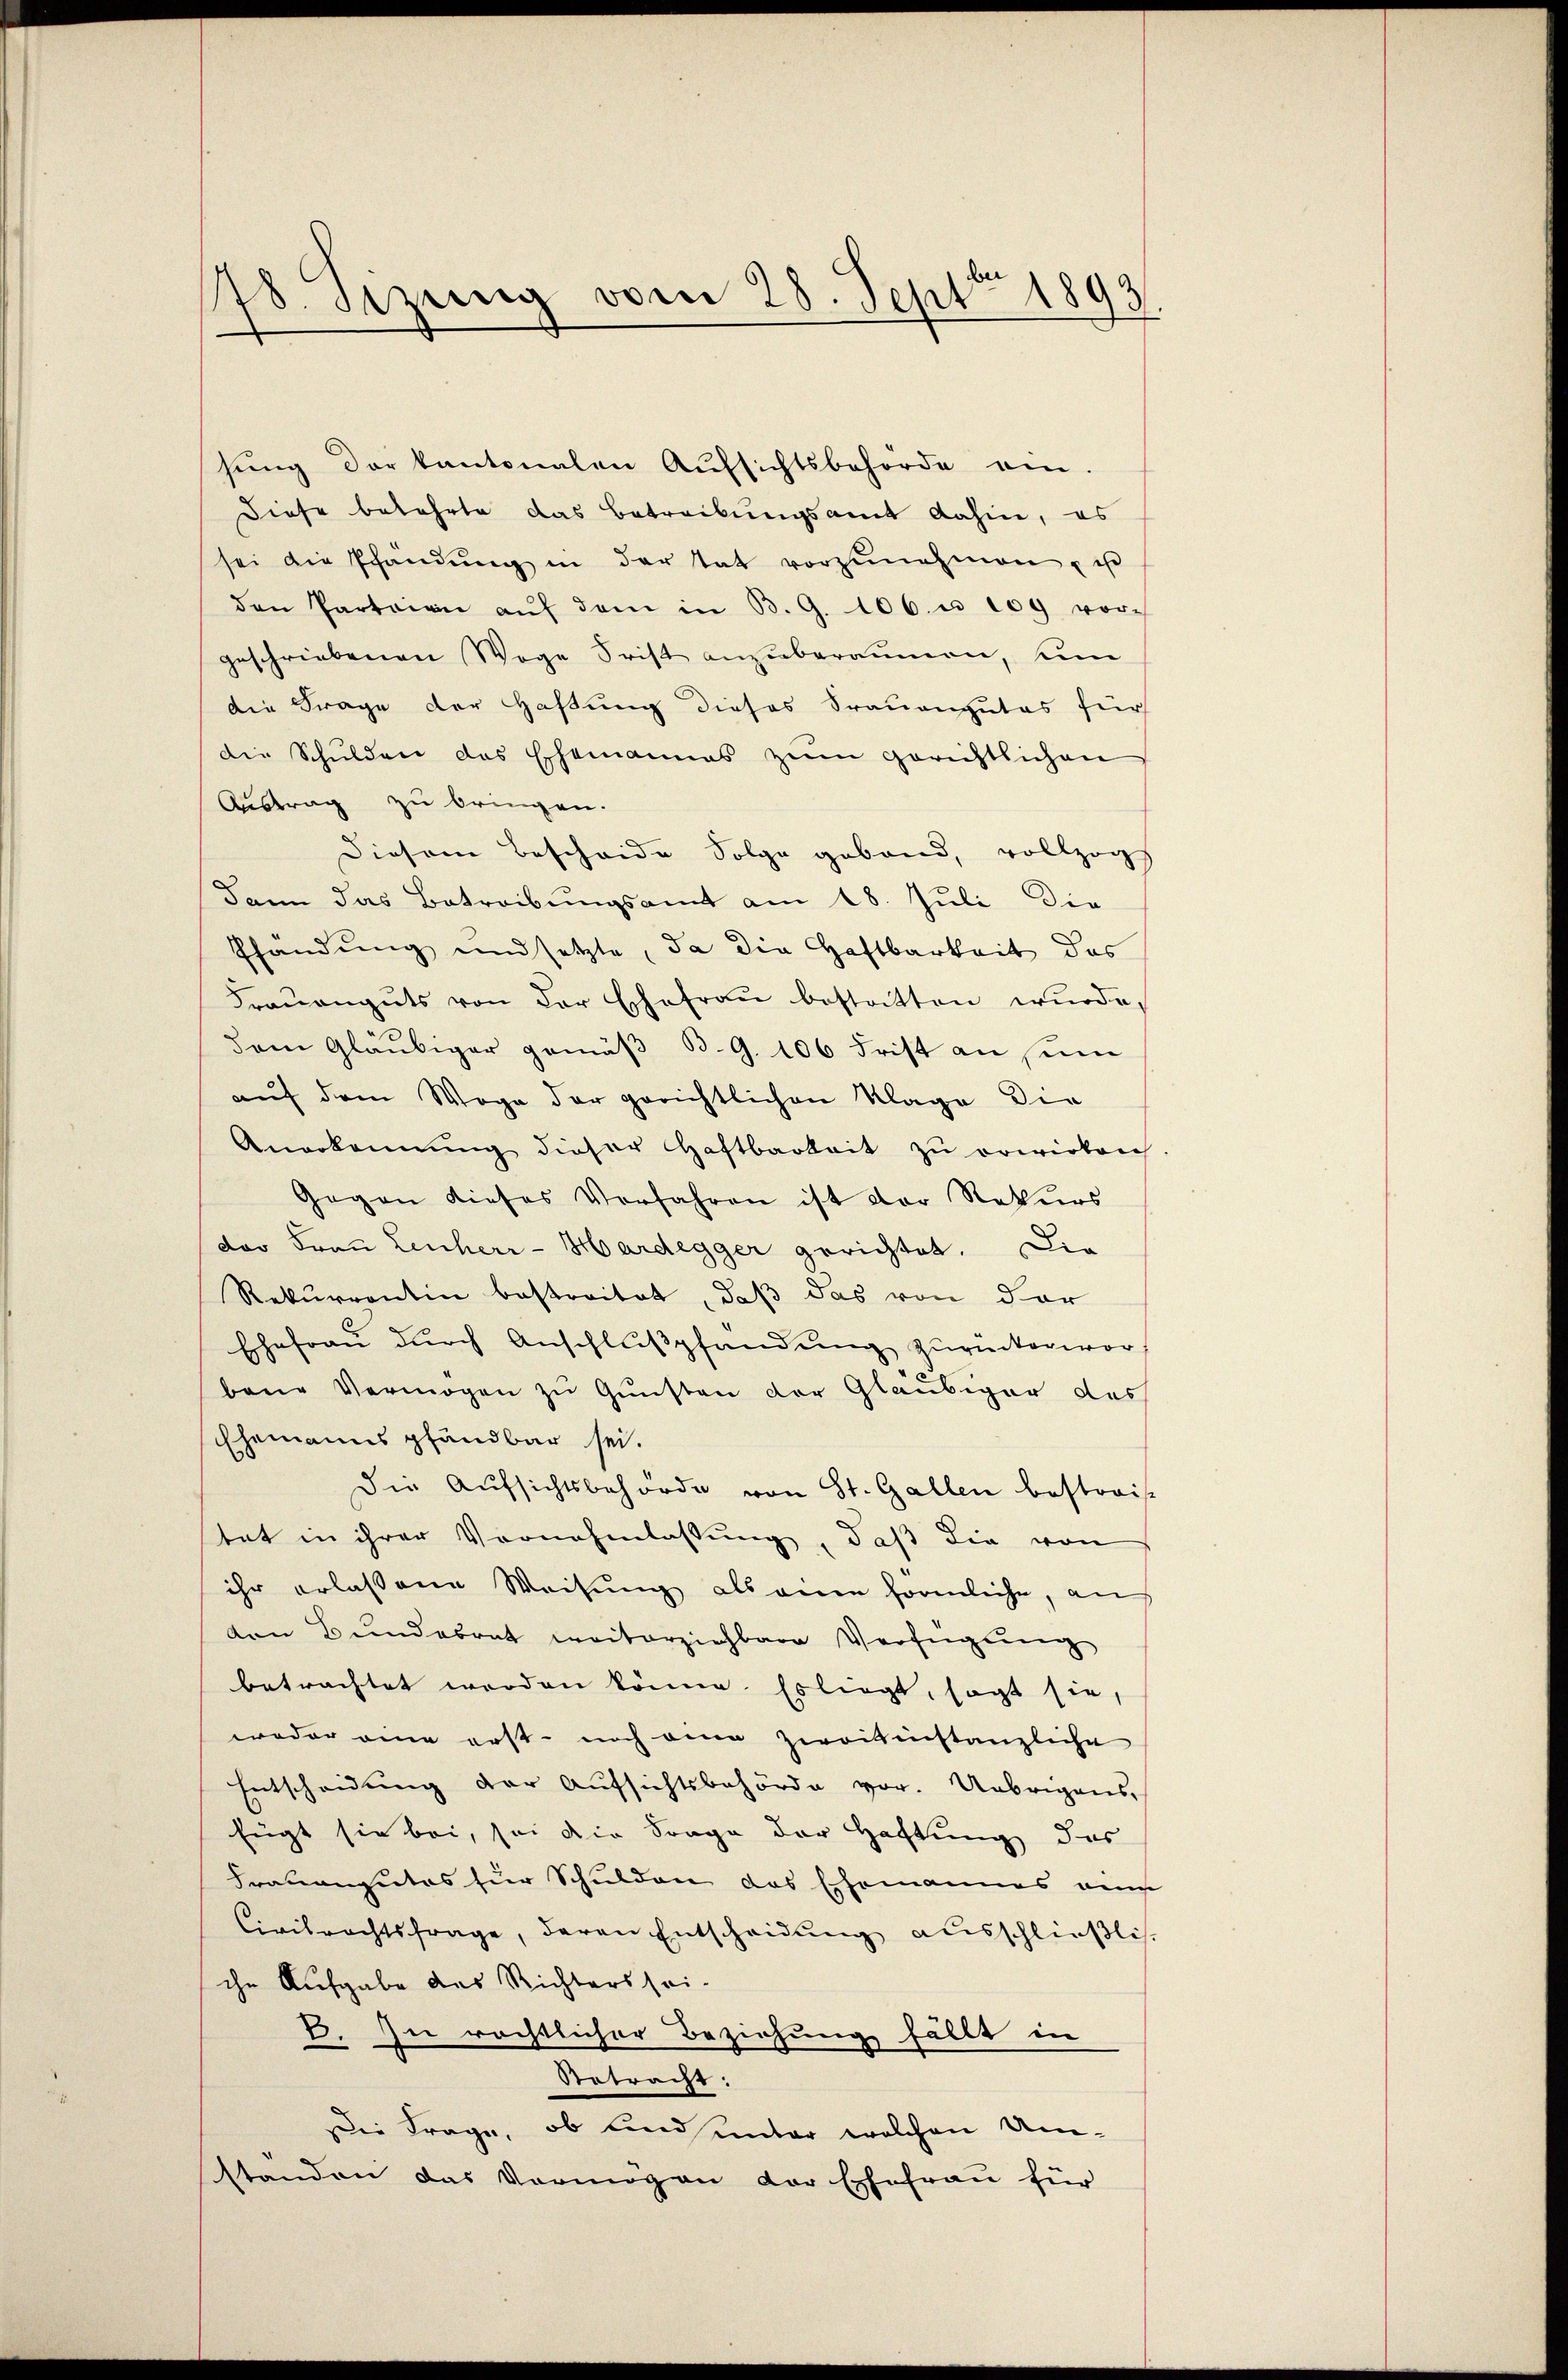
78. Sezung vom 28. Sept 1893

sŭng der kantonalen Aŭfsichtsbehörde an.
Diese bekehrte das Betreibungsamt dahin, es
sei die Pfandŭng in der tat vorzŭnehmen, u
den Parteien aŭf dem in B. G. 106. u. 109 vor-
geschriebenen Wege Frist anzuberaumen, um
die Frage der Haftung dieses Trauengutes für
die Schulden das Ehemannes zum gerichtlichen
Austrag zu bringen.
Diesem Bescheide Folge geband, vollzogs
Dann das Betreibungsamt am 18. Juli die
Pfändung und setzte, da die Haftbarkeit des
Fraŭengŭts von der Eschefraŭ bestritten wŭrde,
dem Gläubiger gemäß B.G. 106 Frist an sein
auf dem Wege der gerichtlichen Klage die
Anerkennung dieser Haftbarkeit zŭ erwirken
Gegen dieses Verfahren ist der Rekurs
der Frau Leiherr-Hardegger gerichtet. Die
Rekurrentin bestreitet, daß das von der
Ehefrau durch Anschlußpfändung zurückerworbene Vermögen zu Gunsten der Gläubiger des
Ehemanns pfandbar sei.
Die Aufsichtsbehörde von St. Gallen bestreif
tat in ihrer Vornehmlassung, daß die von
ihr erlassene Weisung als eine förmliche, an
den Bundesrat weiterziehbare Verfügung
betrachtet werden können. Es liegt, sagt sie,
weder eine erst noch eine zweitinstanzliche
Entscheidung der Aufsichtsbehörde vor. Uebrigens¬
Eugt sie bei, sei die Frage der Haftung das
Frauengutes für Schulden das Ehemannes eine
Civilrechtsfrage, deren Entscheidung ausschließli
che Aufgabe das Richters sei-
E. Zu rächtlicher Beziehung fällt in
Retracht:
Die Frage, ob und unter welchen Umstanden das Vermögen der Ehefrau für